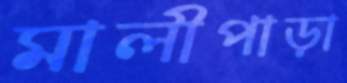
মালীপাড়া